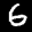
Label: 6